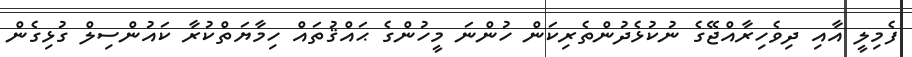
ފެމިލީ އާއި ދިވެހިރާއްޖޭގެ ނުކުޅެދުންތެރިކަން ހުންނަ މީހުންގެ ޙައްޤުތައް ހިމާޔަތްކުރާ ކައުންސިލް ގުޅިގެން